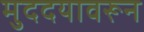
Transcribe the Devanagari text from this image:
मुददयावरून